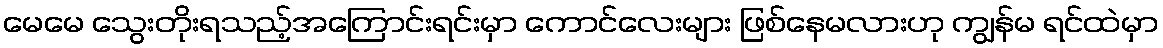
မေမေ သွေးတိုးရသည့်အကြောင်းရင်းမှာ ကောင်လေးများ ဖြစ်နေမလားဟု ကျွန်မ ရင်ထဲမှာ